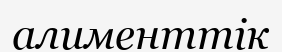
алименттік